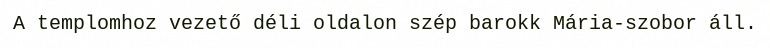
A templomhoz vezető déli oldalon szép barokk Mária-szobor áll.